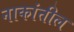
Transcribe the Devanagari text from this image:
नाकांतील